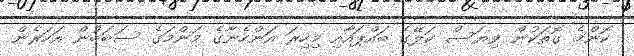
ކޮންމެ ގޮތަކުން ވިޔަސް ކަލޭގެ ބައްޕައާއި މިހިރަ އަންހެނާގެ މަންމަގެ ސަބަބުން އަހަރެން